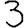
Digit: 3